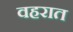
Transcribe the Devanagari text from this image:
वहरात